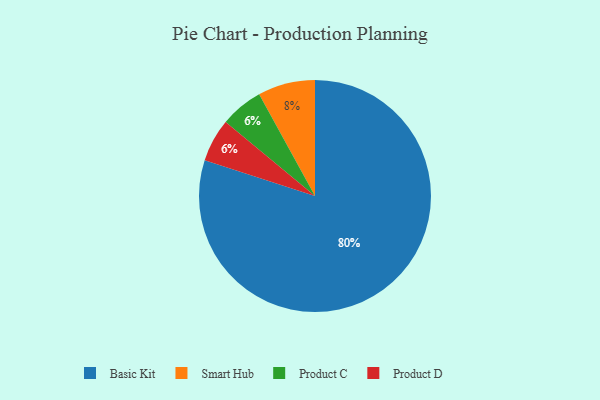
{"axis": {"x": "Category", "y": "Percentage"}, "legend": ["Basic Kit", "Product C", "Product D", "Smart Hub"], "data": [{"x": "Smart Hub", "y": 8, "type": "Smart Hub"}, {"x": "Basic Kit", "y": 80, "type": "Basic Kit"}, {"x": "Product C", "y": 6, "type": "Product C"}, {"x": "Product D", "y": 6, "type": "Product D"}]}